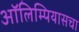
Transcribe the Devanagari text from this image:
ऑलिम्पियासचा